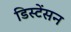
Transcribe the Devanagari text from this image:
डिस्टेंसन